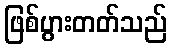
ဖြစ်ပွားတတ်သည်